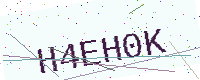
Text: H4EH0K